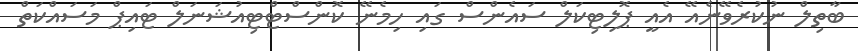
ބާތިލް ނުުކުރެވޭނެއޭ އެއީ ޕޮލިޓިކަލް ސައެންސް ގައި ހިމެނޭ ކޮންސްޓްޓިއުޝަނަލް ޓައިޕް މަސައްކަތް